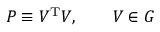
{ \cal { P } } \equiv { \cal { V } } ^ { \mathrm { T } } { \cal { V } } , \qquad { \cal { V } } \in G